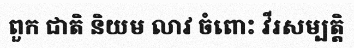
ពួក ជាតិ និយម លាវ ចំពោះ វីរសម្បត្តិ